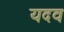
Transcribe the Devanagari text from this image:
यदव